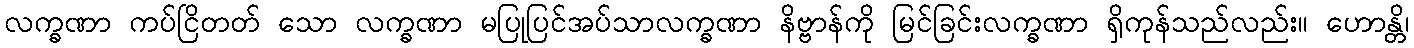
လက္ခဏာ ကပ်ငြိတတ် သော လက္ခဏာ မပြုပြင်အပ်သာလက္ခဏာ နိဗ္ဗာန်ကို မြင်ခြင်းလက္ခဏာ ရှိကုန်သည်လည်း။ ဟောန္တိ၊